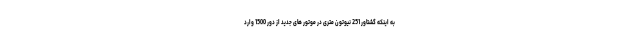
به اینکه گشتاور 251 نیوتون متری در موتور های جدید از دور 1500 وارد